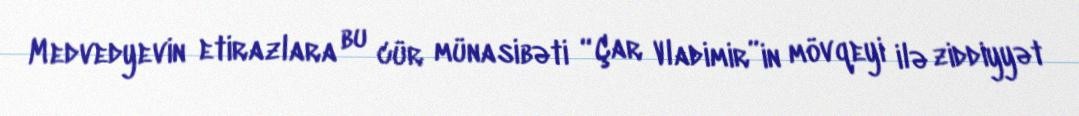
Medvedyevin etirazlara bu cür münasibəti “Çar Vladimir”in mövqeyi ilə ziddiyyət